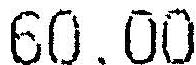
60.00